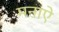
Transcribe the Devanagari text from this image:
मनाऐ